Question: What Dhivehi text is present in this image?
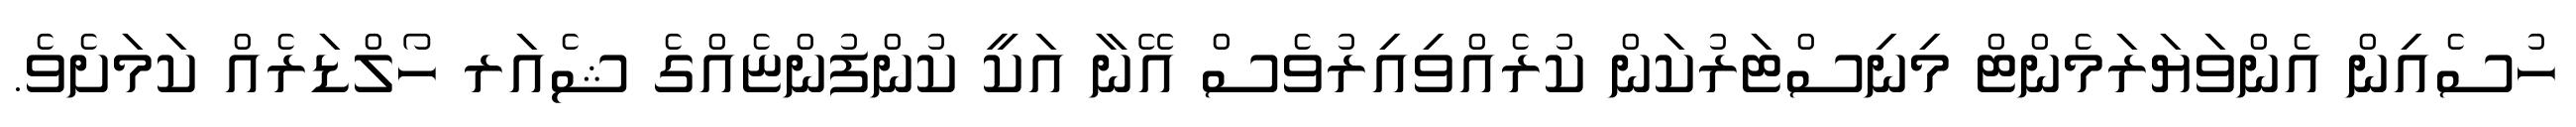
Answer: ހުސެއިން އެންވަޔަރަމެންޓް މިނިސްޓަރުކަން ކުރެއްވިއިރުވެސް އޭނާ އަކީ ކުންފުންޏެއްގެ ޝެއަރ ހޯލްޑަރެއް ކަމަށެވެ.